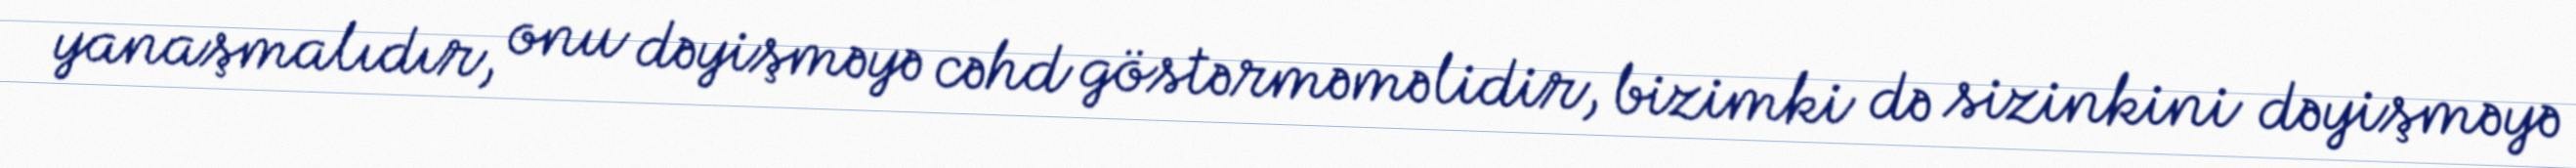
yanaşmalıdır, onu dəyişməyə cəhd göstərməməlidir, bizimki də sizinkini dəyişməyə